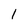
Character: 1